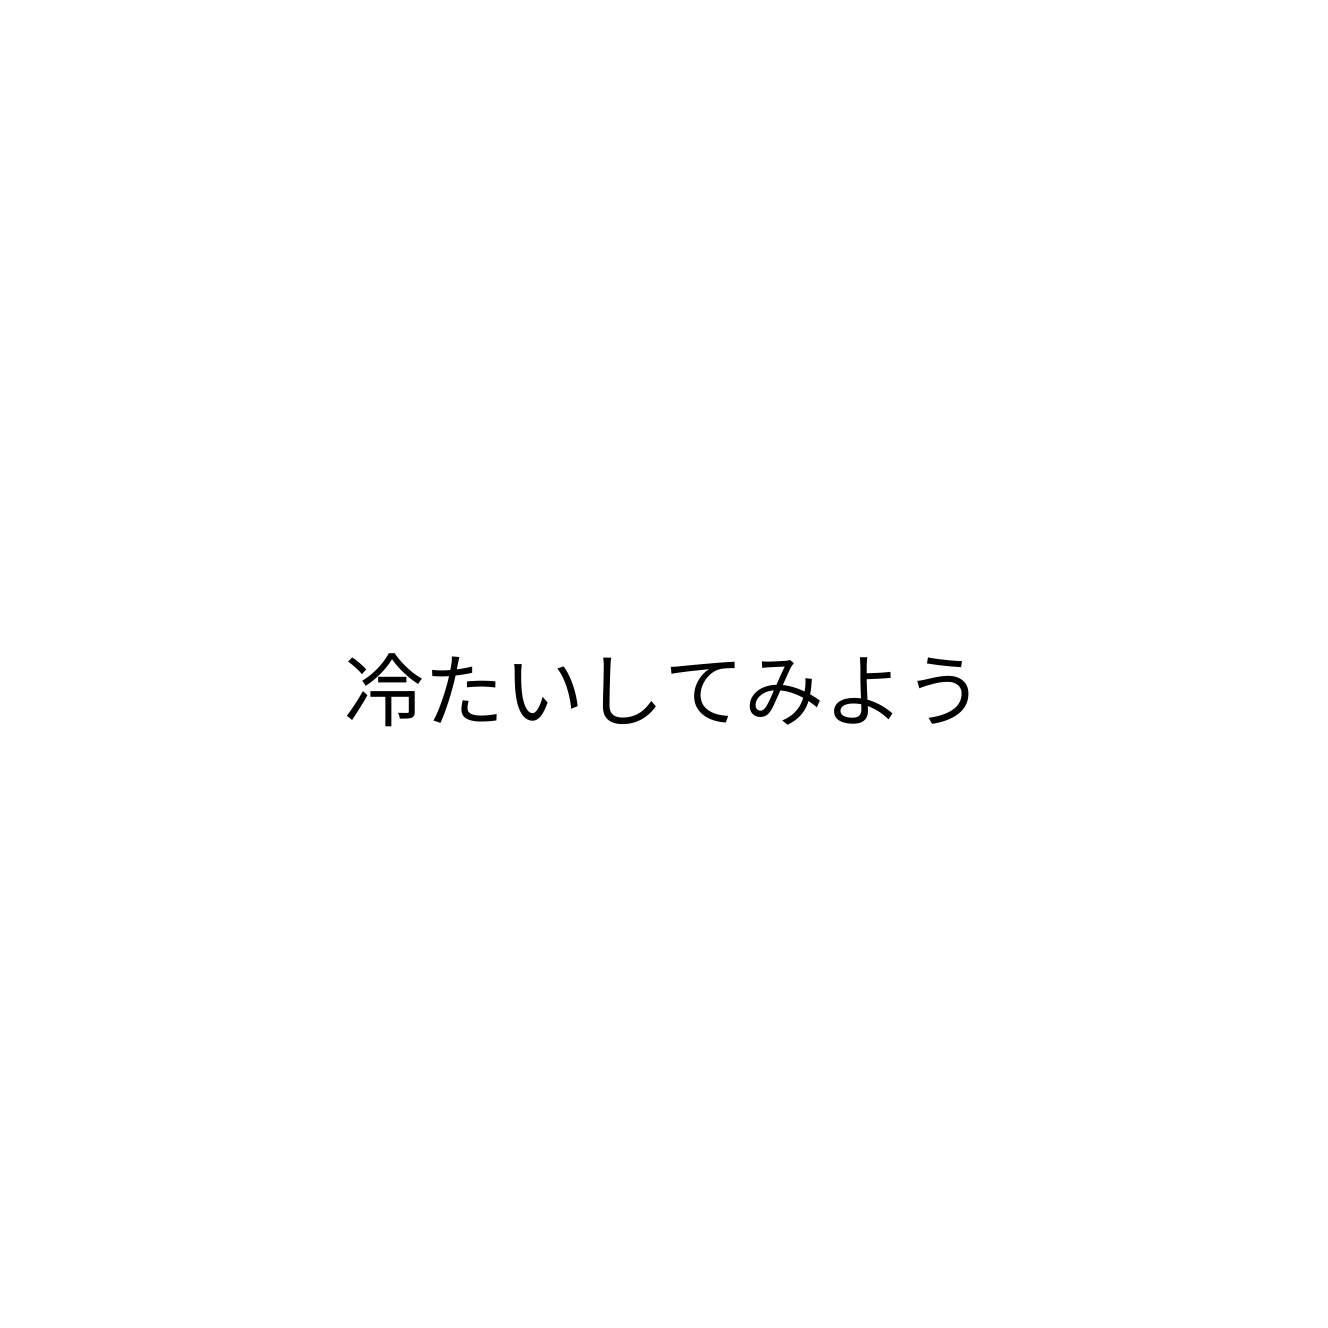
冷たいしてみよう